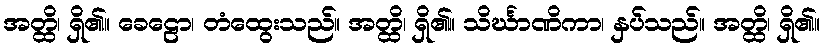
အတ္ထိ၊ ရှိ၏။ ခေဠော၊ တံထွေးသည်။ အတ္ထိ၊ ရှိ၏။ သိင်္ဃာဏိကာ၊ နှပ်သည်။ အတ္ထိ၊ ရှိ၏။